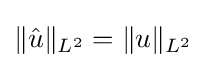
\|{\hat {u}}\|_{L^{2}}=\|u\|_{L^{2}}